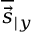
\overline { { \vec { s } } } _ { \vert y }